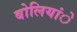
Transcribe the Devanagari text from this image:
बोलियांे